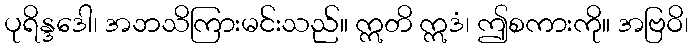
ပုရိန္ဒဒေါ၊ အဘသိကြားမင်းသည်။ ဣတိ ဣဒံ၊ ဤစကားကို။ အဗြဝိ၊